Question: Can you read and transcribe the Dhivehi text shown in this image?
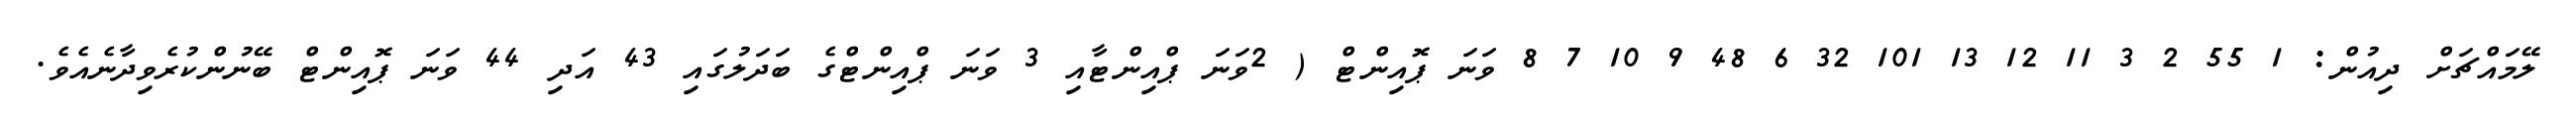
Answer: ލޭމައްޗަށް ދިއުން: 1 55 2 3 11 12 13 101 32 6 48 9 10 7 8 ވަނަ ޕޮއިންޓް ( 2ވަނަ ޕްއިންޓާއި 3 ވަނަ ޕްއިންޓްގެ ބަދަލުގައި 43 އަދި 44 ވަނަ ޕޮއިންޓް ބޭނުންކުރެވިދާނެއެވެ.